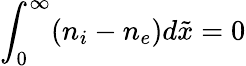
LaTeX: \int_{0}^{\infty}(n_{i}-n_{e})d\tilde{x}=0